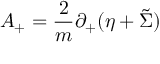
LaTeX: A _ { + } = { \frac { 2 } { m } } \partial _ { + } ( \eta + \tilde { \Sigma } )